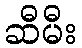
ဆီမီး